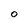
Character: O